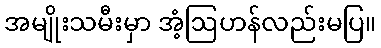
အမျိုးသမီးမှာ အံ့ဩဟန်လည်းမပြ။